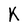
Character: K